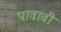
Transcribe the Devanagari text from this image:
पावावी